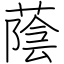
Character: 蔭